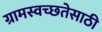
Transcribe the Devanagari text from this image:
ग्रामस्वच्छतेसाठी